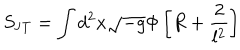
LaTeX: S _ { \mathrm { J T } } = \int d ^ { 2 } x \sqrt { - g } \Phi \left[ R + \frac { 2 } { l ^ { 2 } } \right]